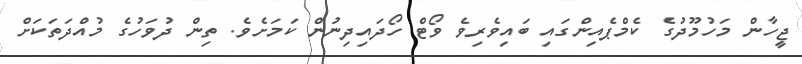
ޖީހާން މަހުމޫދުގެ ކެމްޕެއިންގައި ބައިވެރިވެ ވޯޓް ހޯދައިދިނުން ކަމަށެވެ. ތިން ދުވަހުގެ މުއްދަތަކަށް